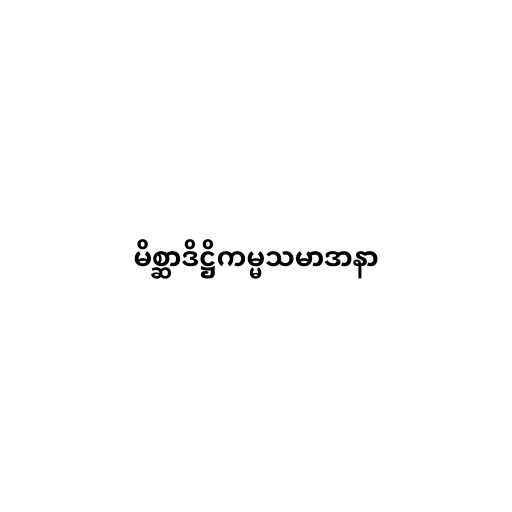
မိစ္ဆာဒိဋ္ဌိကမ္မသမာဒာနာ